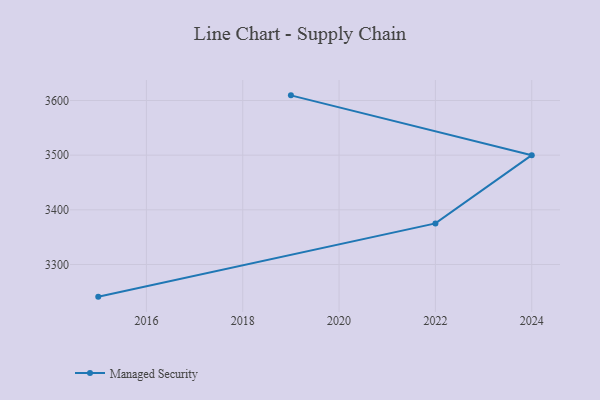
{"axis": {"x": "Year", "y": "Inventory Turnover"}, "legend": ["Managed Security"], "data": [{"x": "2019", "y": 3609.4, "type": "Managed Security"}, {"x": "2024", "y": 3500.0, "type": "Managed Security"}, {"x": "2022", "y": 3375.2, "type": "Managed Security"}, {"x": "2015", "y": 3241.2, "type": "Managed Security"}]}